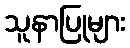
သူနာပြုများ